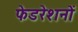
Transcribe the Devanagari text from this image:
फेडरेशनों